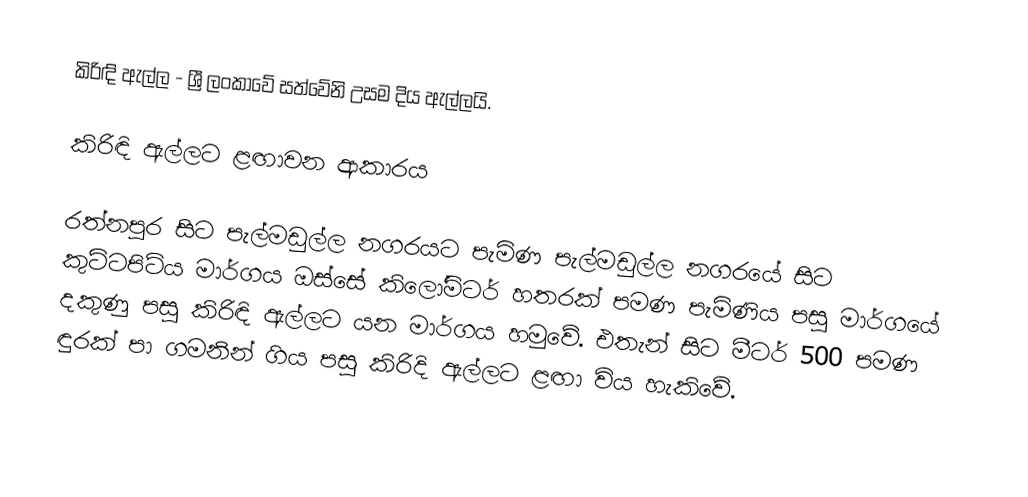
කිරිඳි ඇල්ල - ශ්‍රී ලංකාවේ සත්වේනි උසම දිය ඇල්ලයි.

කිරිඳි ඇල්ලට ළඟාවන ආකාරය

රත්නපුර සිට පැල්මඩුල්ල නගරයට පැමිණ පැල්මඩුල්ල නගරයේ සිට කුට්ටපිටිය මාර්ගය ඔස්සේ කිලෝමිටර් හතරක් පමණ පැමිණිය පසු මාර්ගයේ දකුණු පසු කිරිඳි ඇල්ලට යන මාර්ගය හමුවේ. එතැන් සිට මීටර් 500 පමණ ඳුරක් පා ගමනින් ගිය පසු කිරිදි ඇල්ලට ළඟා විය හැකිවේ.